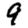
Digit: 9